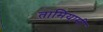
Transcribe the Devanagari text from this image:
तामियामी